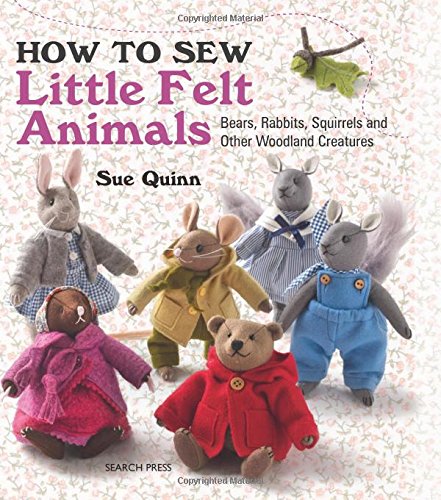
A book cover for How to Sew Little Felt Animals; Sue Quinn; Crafts, Hobbies & Home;